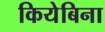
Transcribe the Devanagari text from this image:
कियेबिना